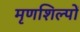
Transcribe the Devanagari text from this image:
मृणशिल्पों